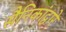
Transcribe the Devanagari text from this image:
सैनिकांद्वारे